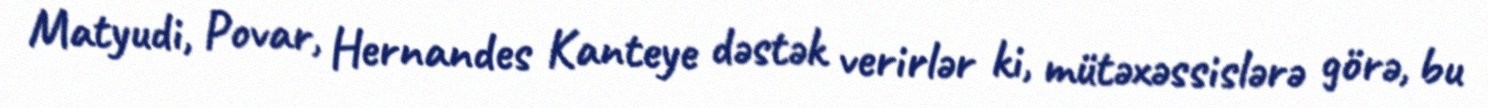
Matyudi, Povar, Hernandes Kanteye dəstək verirlər ki, mütəxəssislərə görə, bu